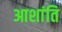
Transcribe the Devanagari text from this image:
आशांति